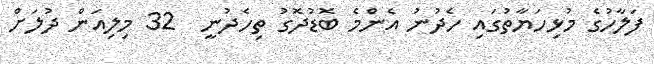
ފަލާހުގެ މުޅިހަޔާތުގައި ހެދުނު އެންމެ ބޮޑުދޮގު ތިހެދުނީ  32 މިލިއަން ދުލަށް